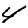
Digit: 4